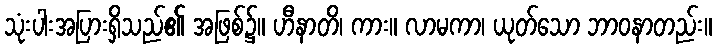
သုံးပါးအပြားရှိသည်၏ အဖြစ်၌။ ဟီနာတိ၊ ကား။ လာမကာ၊ ယုတ်သော ဘာဝနာတည်း။